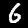
Digit: 6